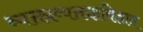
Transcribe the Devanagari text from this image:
व्यक्ताव्यक्तज्ञविज्ञान